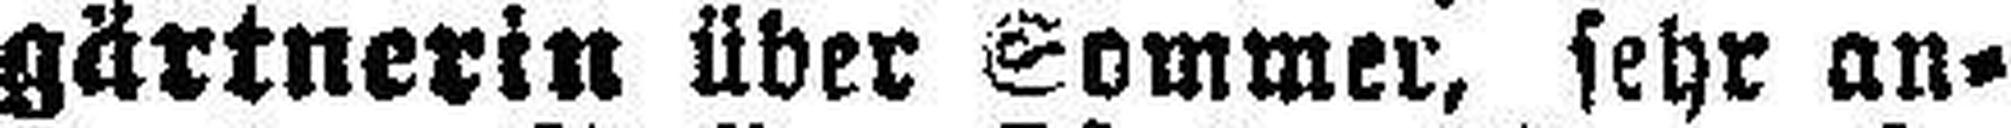
gärtnerin über Sommer, sehr an¬